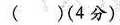
( )(4分）